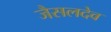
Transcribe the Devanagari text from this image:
जैसलदेव